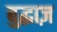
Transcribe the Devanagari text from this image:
बुद्धाज़